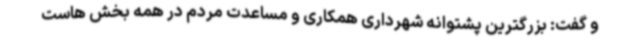
و گفت: بزرگترین پشتوانه شهرداری همکاری و مساعدت مردم در همه بخش هاست